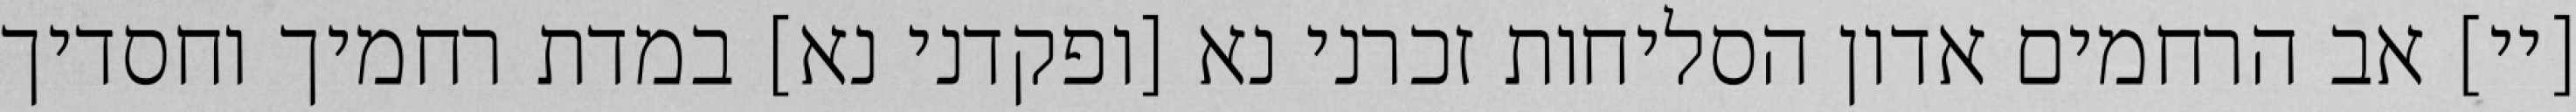
[יי] אב הרחמים אדון הסליחות זכרני נא [ופקדני נא] במדת רחמיך וחסדיך